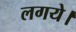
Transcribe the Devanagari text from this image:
लगये।